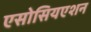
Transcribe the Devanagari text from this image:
एसोसियएशन